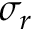
\sigma _ { r }